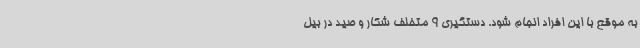
به موقع با این افراد انجام شود. دستگیری 9 متخلف شکار و صید در بیل